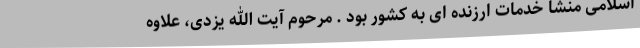
اسلامی منشا خدمات ارزنده ای به کشور بود . مرحوم آیت الله یزدی، علاوه